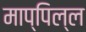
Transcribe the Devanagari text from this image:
माप्पिल्ल